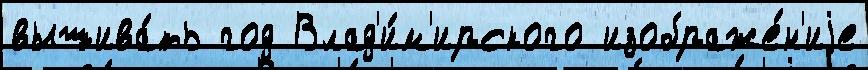
вышива́ть год Влад'и́м'ирского изображе́н'иjе